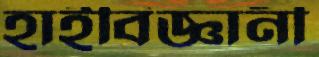
হাইবিজ্ঞানী